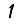
Digit: 1